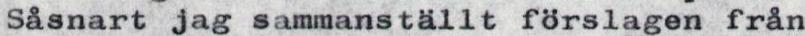
Såsnart jag sammanställt förslagen från